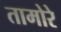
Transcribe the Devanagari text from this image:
तामोरे